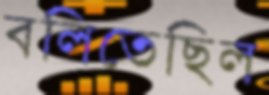
বলিতেছিল